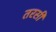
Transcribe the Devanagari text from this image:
तरसी